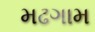
મઢગામ